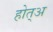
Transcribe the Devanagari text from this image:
होत्अ